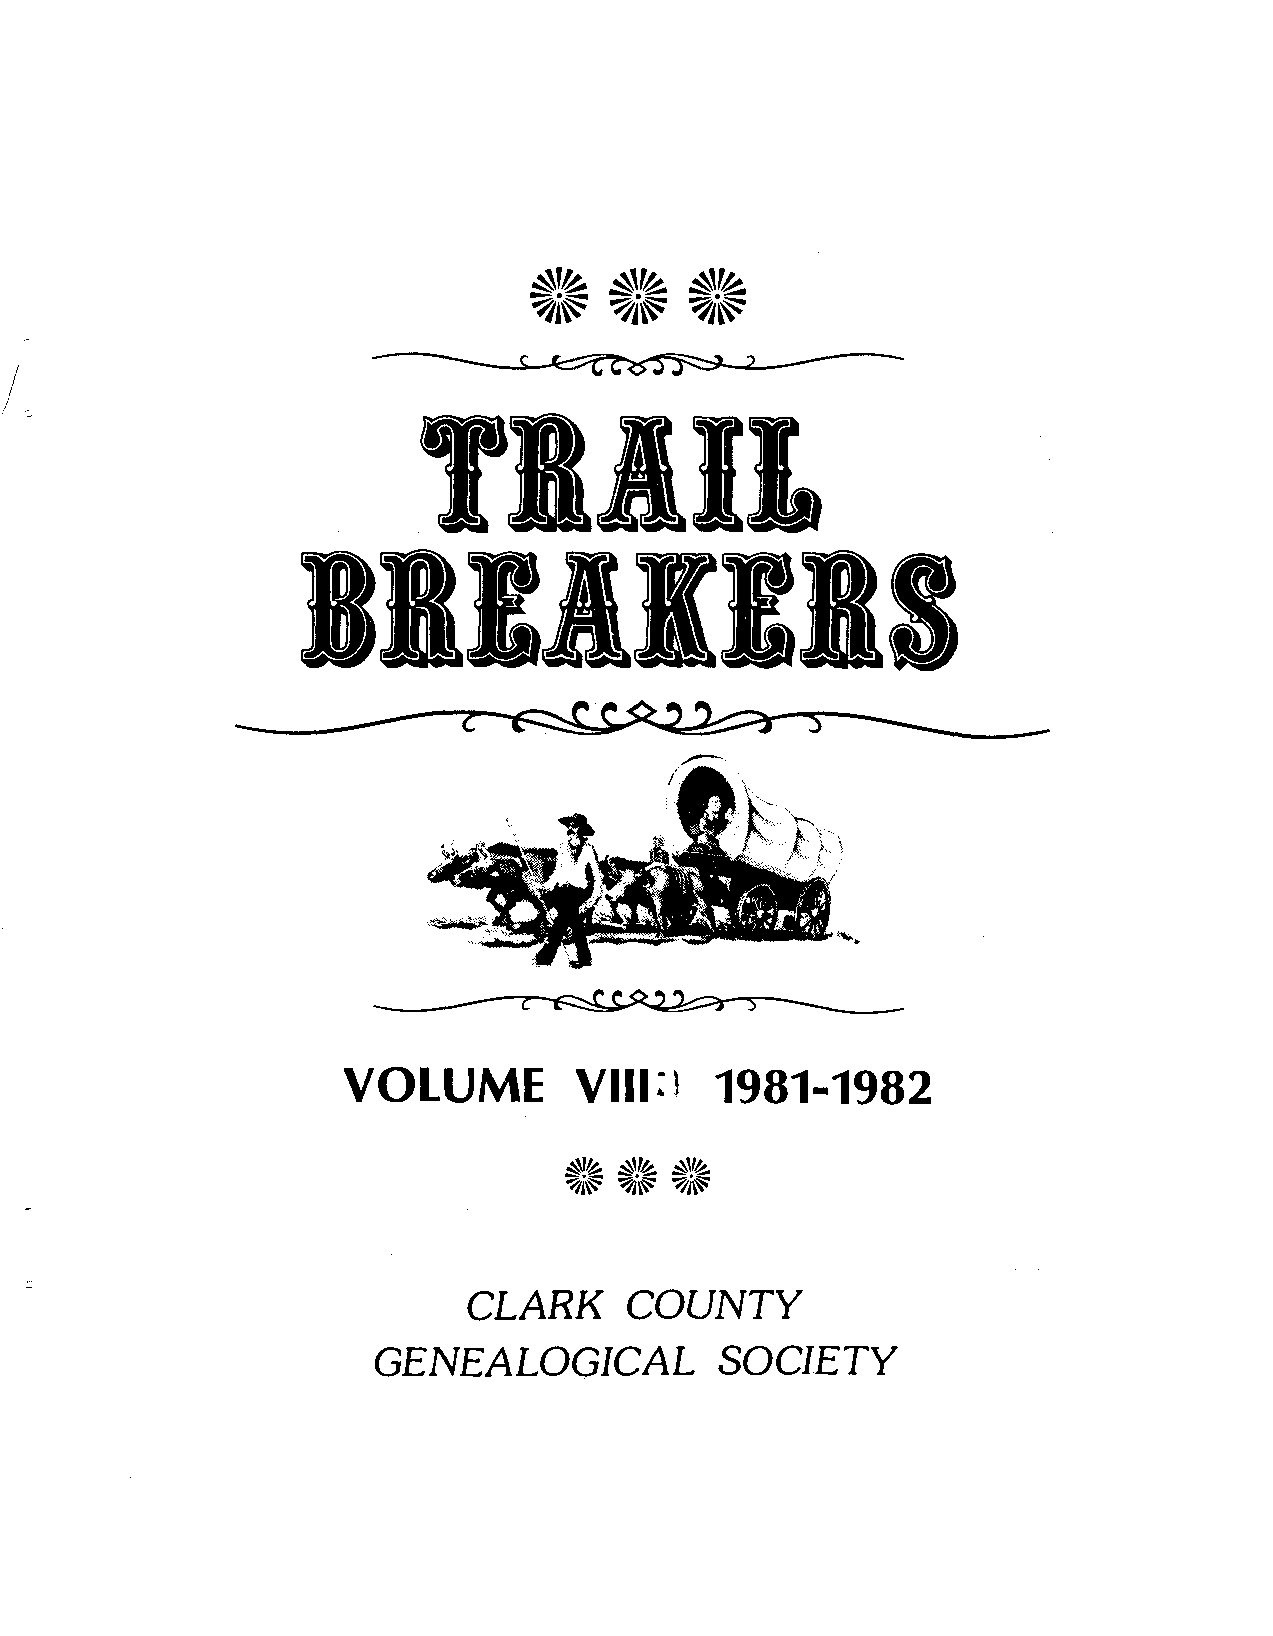
TBIIL
 BBIIIIBS
 VOLUME         Vlll:l   1981-1982
 CLARK     COUNTY
 GENEALOGICAL          SOCIETY